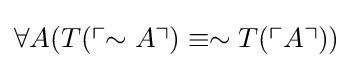
\forall A(T(\ulcorner \sim A\urcorner )\equiv \sim T(\ulcorner A\urcorner ))